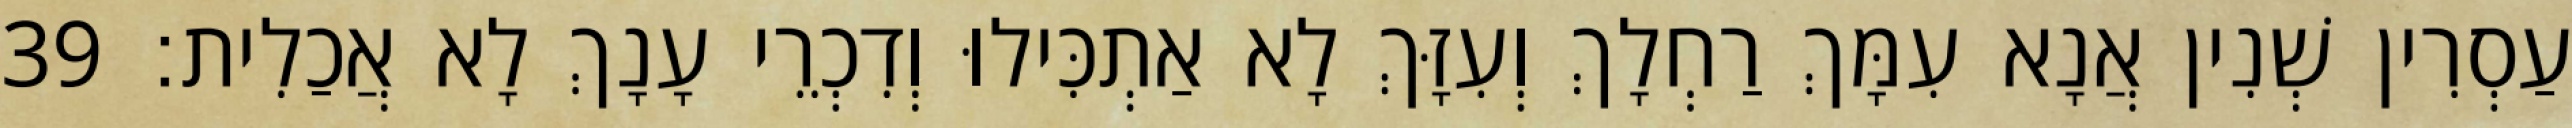
עַסְרִין שְׁנִין אֲנָא עִמָּךְ רַחְלָךְ וְעִזָּךְ לָא אַתְכִּילוּ וְדִכְרֵי עָנָךְ לָא אֲכַלִית׃ 39